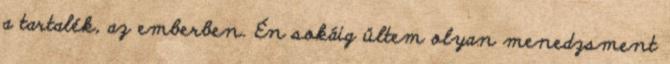
a tartalék, az emberben. Én sokáig ültem olyan menedzsment